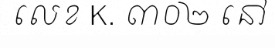
លេខ K. ៣០២ នៅ